Bréfritari: Ásgeir Bjarnason
Viðtakandi: Einar Friðgeirsson
Dagsetning: A-1894-11-27
Skrifað á: Knarrarnesi  Mýr.

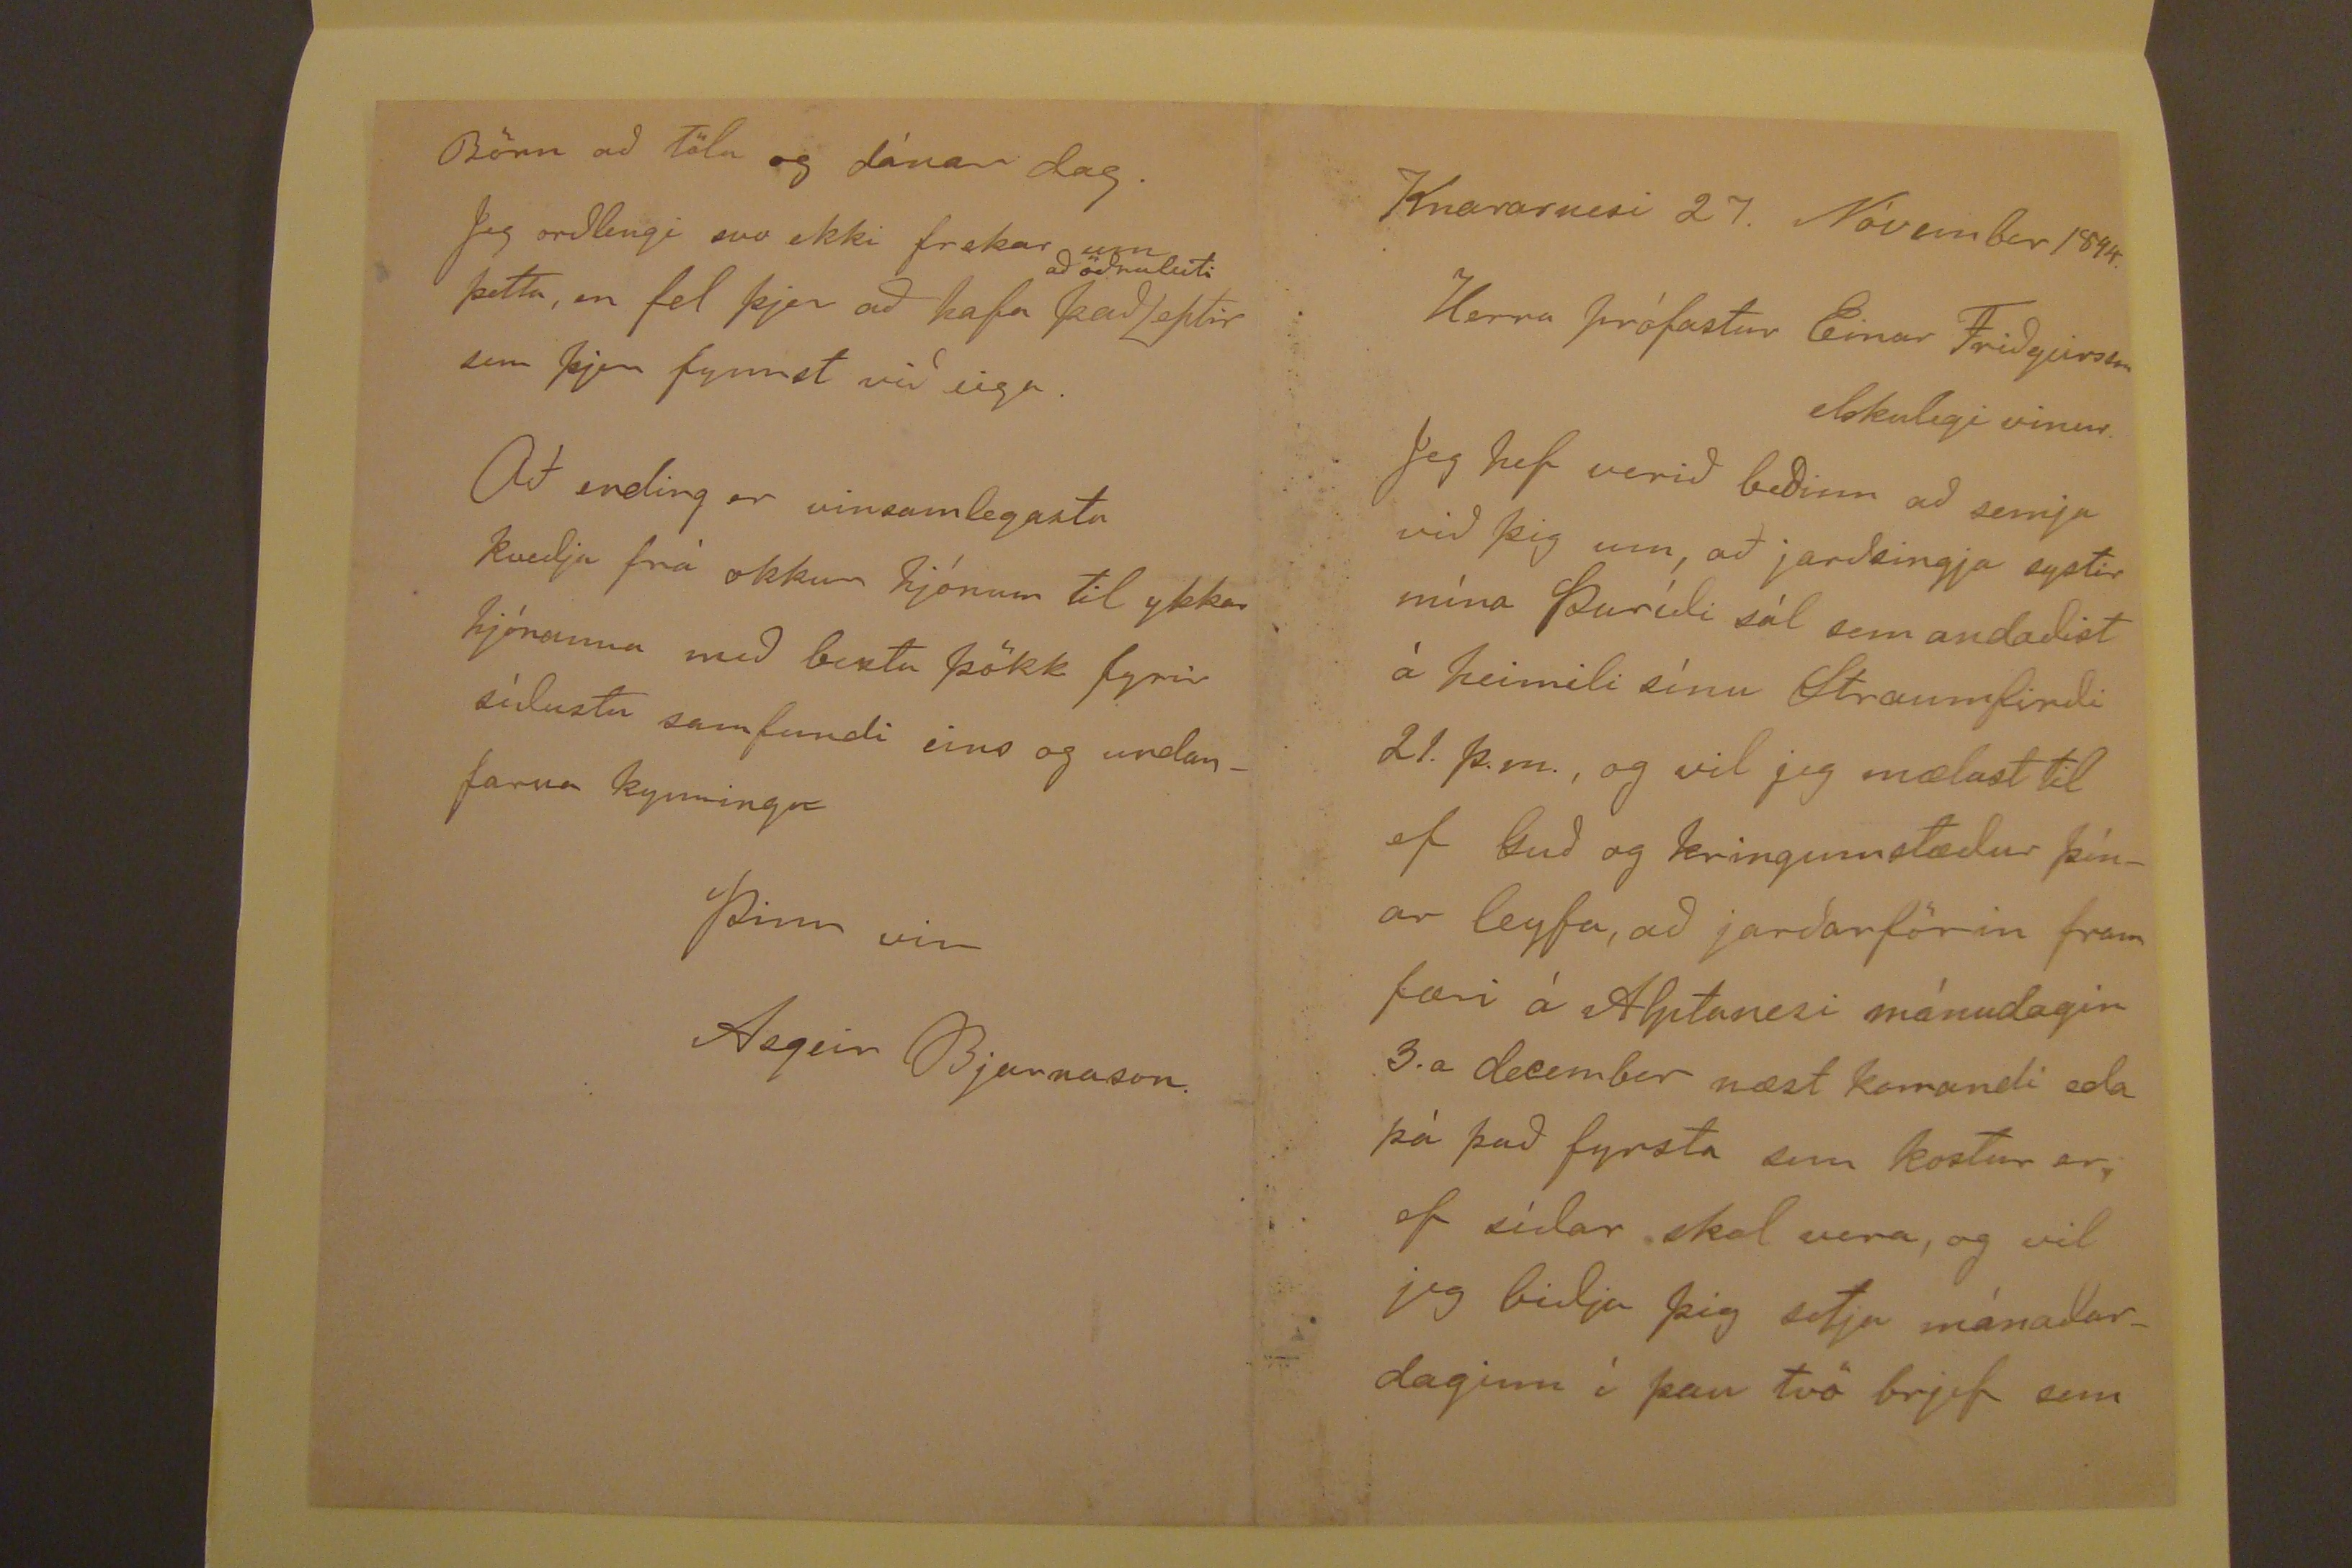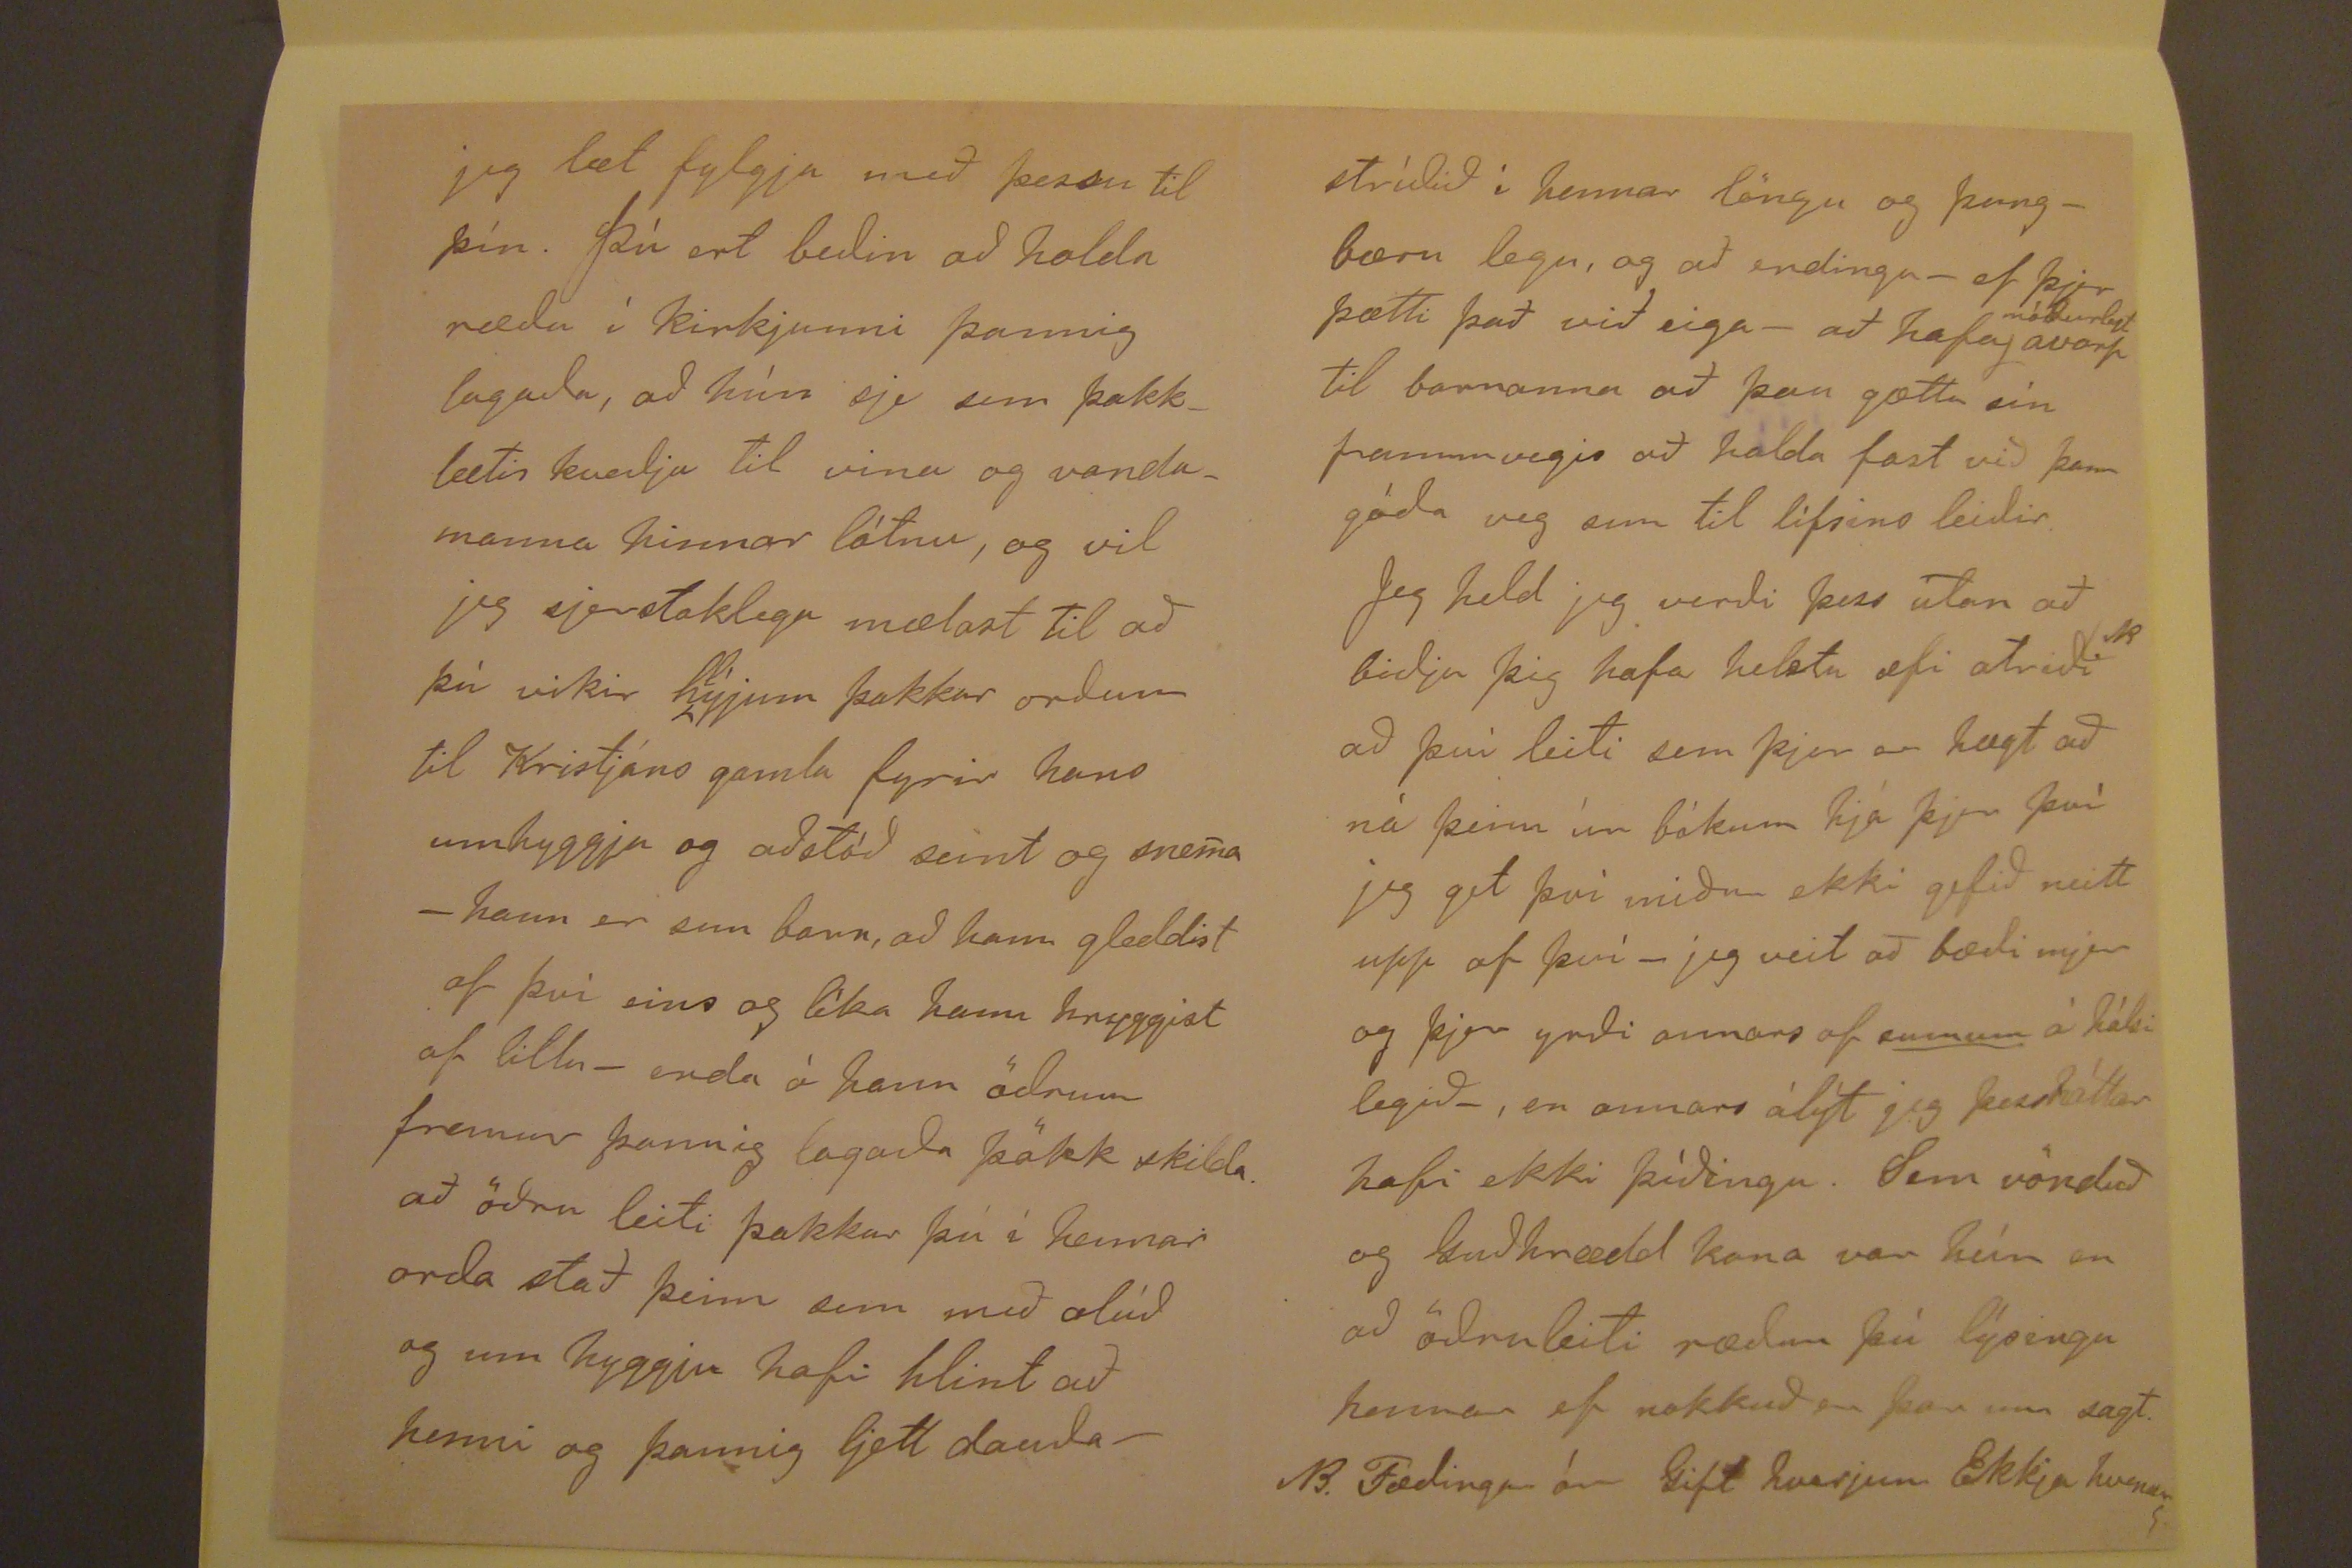

Knararnesi 27. Nóvember 1894
Herra prófastur Einar Friðgeirsson
elskulegi vinur.
Jeg hef verið beðinn að semja við þig um, að jarðsingja systir mína Þuríði sál sem andaðist á heimili sínu Straumfirði 21. þ.m., og vil jeg mælast til ef Guð og
kringumstæður þínar leyfa, að jarðarförin fram færi á Alptanesi mánudagin 3.a desember næstkomandi eða þá það fyrsta sem kostur er ef síðar skal vera, og vil
jeg biðja þig setja mánaðardaginn í þau tvö brjef sem
jeg læt fylgja með þessu til þín. Þú ert beðin að holda ræðu í kirkjunni þannig lagada, að hún sje sem þakklætis kveðja til vina og vandamanna hinnar látnu, og
vil jeg sjerstaklega mælast til að þú vikir h
l
ýjum þakkar orðum til Kristjáns gamla fyrir hans umhyggju og aðstóð
seint og snema - hann er sem barn, að hann gleddist af þvi eins og líka hann hryggist af lillu - enda á hann öðrum fremur þannig lagaða þökk skilda. að öðru leiti
þakkar þú í hennar orða stað þeim sem með alúð og um hyggju hafi hlint að henni og þannig ljett dauða-
stríðið í hennar löngu og þungbæru legu, og að endingu - ef þjer þætti það við eiga - að hafa
móðurlegt
avarp
til barnanna að þau gættu sín frammvegis að halda fast við þann góða veg sem til lífsins leiðir. Jeg held jeg verði þess utan að biðja þig hafa helstu æfi atriði
k
að því leiti sem þjer er hægt að ná þeim úr bókum hjá þjer því jeg get þvi miður ekki gefið neitt upp af því - jeg veit
að bæði mjer og þjer yrði annars af
sumum
á hálsi legið - , en annars álýt jeg þessháttar hafi ekki þíðingu. Sem vönduð og Guðhrædd kona
var hún en að öðruleiti ræður þú lýsingu hennar ef nokkuð er þar um sagt.
B
. Fædingar ár Gift hverjum Ekkja hvenær
Börn að tölu ogdánar dag. Jeg orðlengi svo ekki frekar um þetta, en fel þjer að hafa það
að öðruleiti
eptir sem þjer
fynnst við eiga. Að endingu er vinsamlegasta kveðja frá okkur hjónum til ykkar hjónanna með bestu þökk fyrir síðustu samfundi eins og undanfarna kynningu
þinn vin
Asgeir Bjarnason.